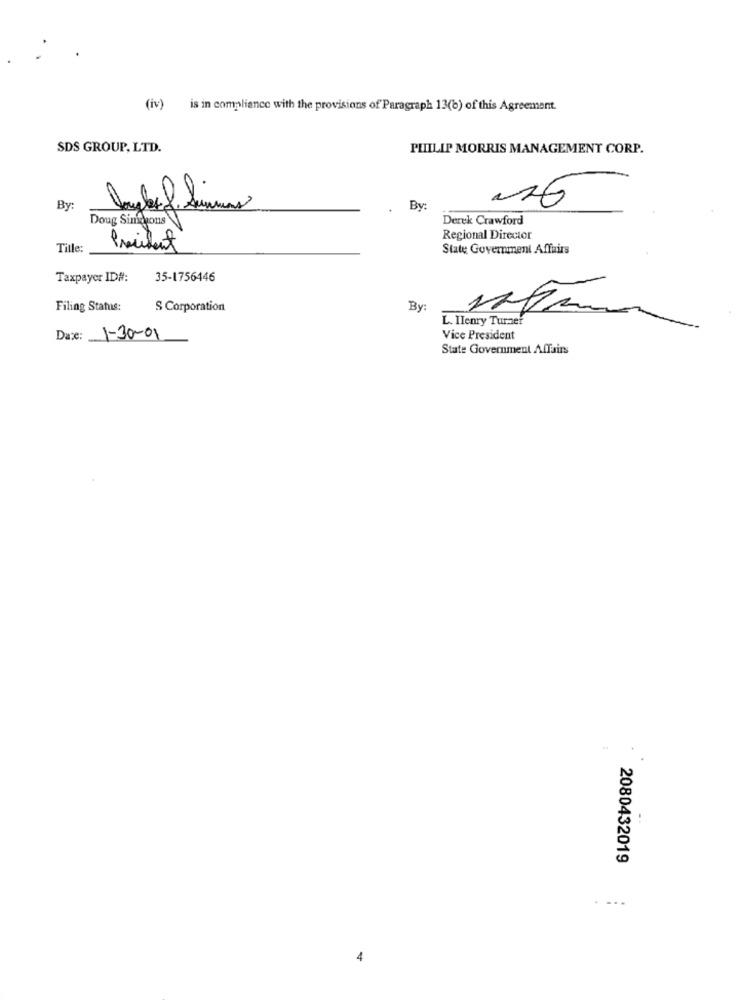
(iv)
is in compliance with the provisions of Paragraph 13(b) of this Agreement.
SDS GROUP, LTD.
PHILIP MORRIS MANAGEMENT CORP.
By:
By:
Doug Simons
Derek Crawford
Regional Director
Title:
President
State Government Affairs
Taxpayer ID#:
35-1756446
Filing Status:
S Corporation
By
L. Henry Turner
Date: 1-30-01
Vice President
State Government Affairs
2080432019
....